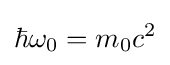
\hbar \omega _{0}=m_{0}c^{2}